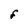
Character: F